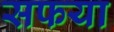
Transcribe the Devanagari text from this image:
सफया